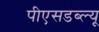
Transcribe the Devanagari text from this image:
पीएसडब्ल्यू